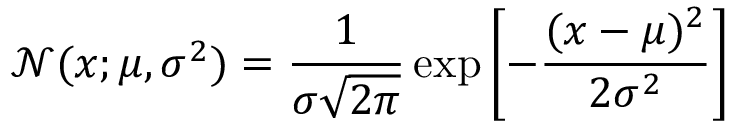
\mathcal { N } ( x ; \mu , \sigma ^ { 2 } ) = \frac { 1 } { \sigma \sqrt { 2 \pi } } \exp \left[ - \frac { ( x - \mu ) ^ { 2 } } { 2 \sigma ^ { 2 } } \right]